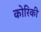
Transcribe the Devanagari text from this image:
कोरिकी